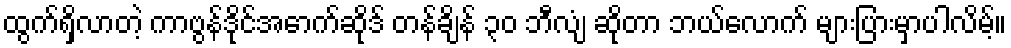
ထွက်ရှိလာတဲ့ ကာဗွန်ဒိုင်အောက်ဆိုဒ် တန်ချိန် ၃၀ ဘီလျံ ဆိုတာ ဘယ်လောက် များပြားမှာပါလိမ့်။